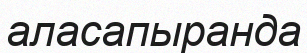
аласапыранда